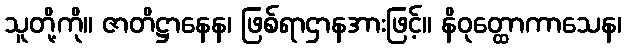
သူတို့ကို။ ဇာတိဋ္ဌာနေန၊ ဖြစ်ရာဌာနအားဖြင့်။ နိဝုတ္ထောကာသေန၊